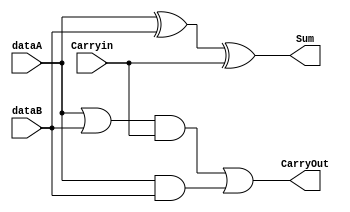

module FullAdder( Sum, CarryOut, Carryin, dataA, dataB ) ;

input dataA ;
input dataB ;
input Carryin ;

output Sum ;
output CarryOut ;

wire temp_Sum ;
wire temp_CarryOut ;

assign temp_Sum = (( dataA ^ dataB ) ^ Carryin) ;
assign temp_CarryOut =  ( ( ( dataA | dataB ) & Carryin ) | ( dataA & dataB ) )  ;

assign Sum = temp_Sum ;
assign CarryOut = temp_CarryOut ;

endmodule